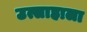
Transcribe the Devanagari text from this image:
उत्साहाला